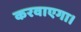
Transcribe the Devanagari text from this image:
करवाएगा।